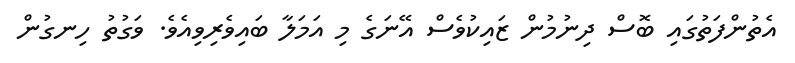
އެތުންފަތުގައި ބޮސް ދިނުމުން ޒައިކުވެސް އޭނަގެ މި އަމަލާ ބައިވެރިވިއެވެ. ވަގުތު ހިނގުން